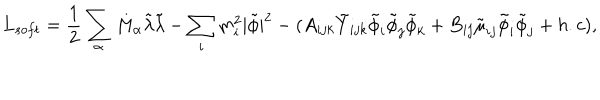
L _ { s o f t } = \frac { 1 } { 2 } \sum _ { \alpha } M _ { \alpha } { \tilde { \lambda } } { \tilde { \lambda } } - \sum _ { i } m _ { i } ^ { 2 } | { \tilde { \phi } } | ^ { 2 } - ( A _ { i j k } { \tilde { Y } } _ { i j k } { \tilde { \phi } } _ { i } { \tilde { \phi } } _ { j } { \tilde { \phi } } _ { k } + B _ { i j } { \tilde { \mu } } _ { i j } { \tilde { \phi } } _ { i } { \tilde { \phi } } _ { j } + h . c ) ,